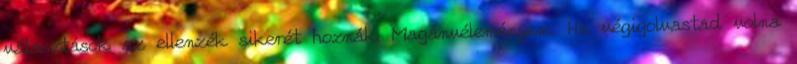
választások az ellenzék sikerét hoznák. Magánvéleményem: Ha végigolvastad volna